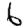
Digit: 6